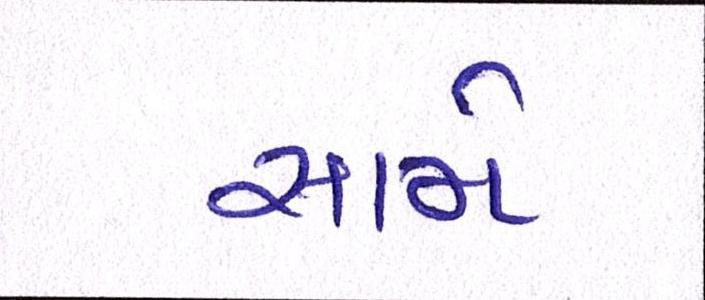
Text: સામે